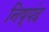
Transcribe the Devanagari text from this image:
निष्पंद